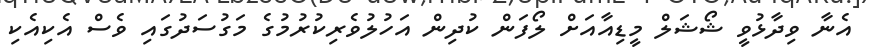
އެނާ ވިދާޅުވީ ޝޯޝަލް މީޑިއާއަށް ލޯފަން ކުދިން އަހުލުވެރިކުރުމުގެ މަގުސަދުގައި ވެސް އެކިއެކި